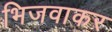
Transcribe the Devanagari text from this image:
भिजवाकर